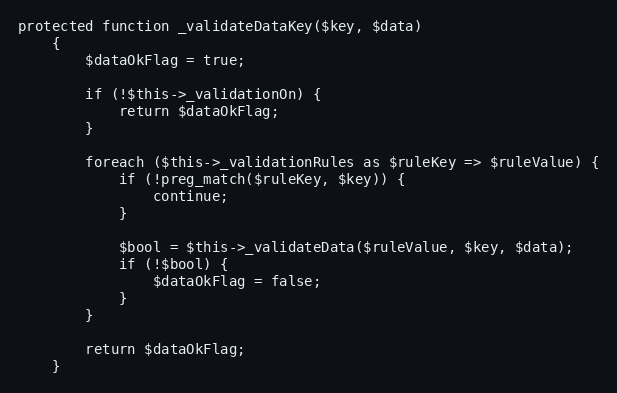
Language: PHP
protected function _validateDataKey($key, $data)
    {
        $dataOkFlag = true;

        if (!$this->_validationOn) {
            return $dataOkFlag;
        }

        foreach ($this->_validationRules as $ruleKey => $ruleValue) {
            if (!preg_match($ruleKey, $key)) {
                continue;
            }

            $bool = $this->_validateData($ruleValue, $key, $data);
            if (!$bool) {
                $dataOkFlag = false;
            }
        }

        return $dataOkFlag;
    }